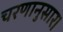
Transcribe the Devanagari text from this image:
चरणानुसार।